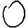
Digit: 0